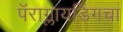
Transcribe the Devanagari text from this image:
पॅराग्लायडिंगचा